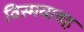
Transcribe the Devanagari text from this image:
विस्मयावह